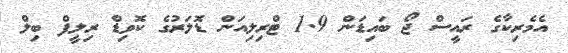
އެމެރިކާގެ ރައީސް ޖޯ ބައިޑަން 1.9 ޓްރިލިއަން ޑޮަލަރުގެ ކޮވިޑް ރިލީފް ބިލް